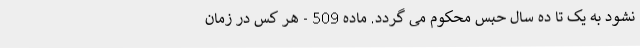
نشود ‌به یک تا ده سال حبس محکوم می ‌گردد. ماده 509 - هر کس در زمان